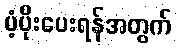
ပံ့ပိုးပေးရန်အတွက်